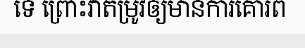
ទេ ព្រោះវាតម្រូវឲ្យមានការគោរព